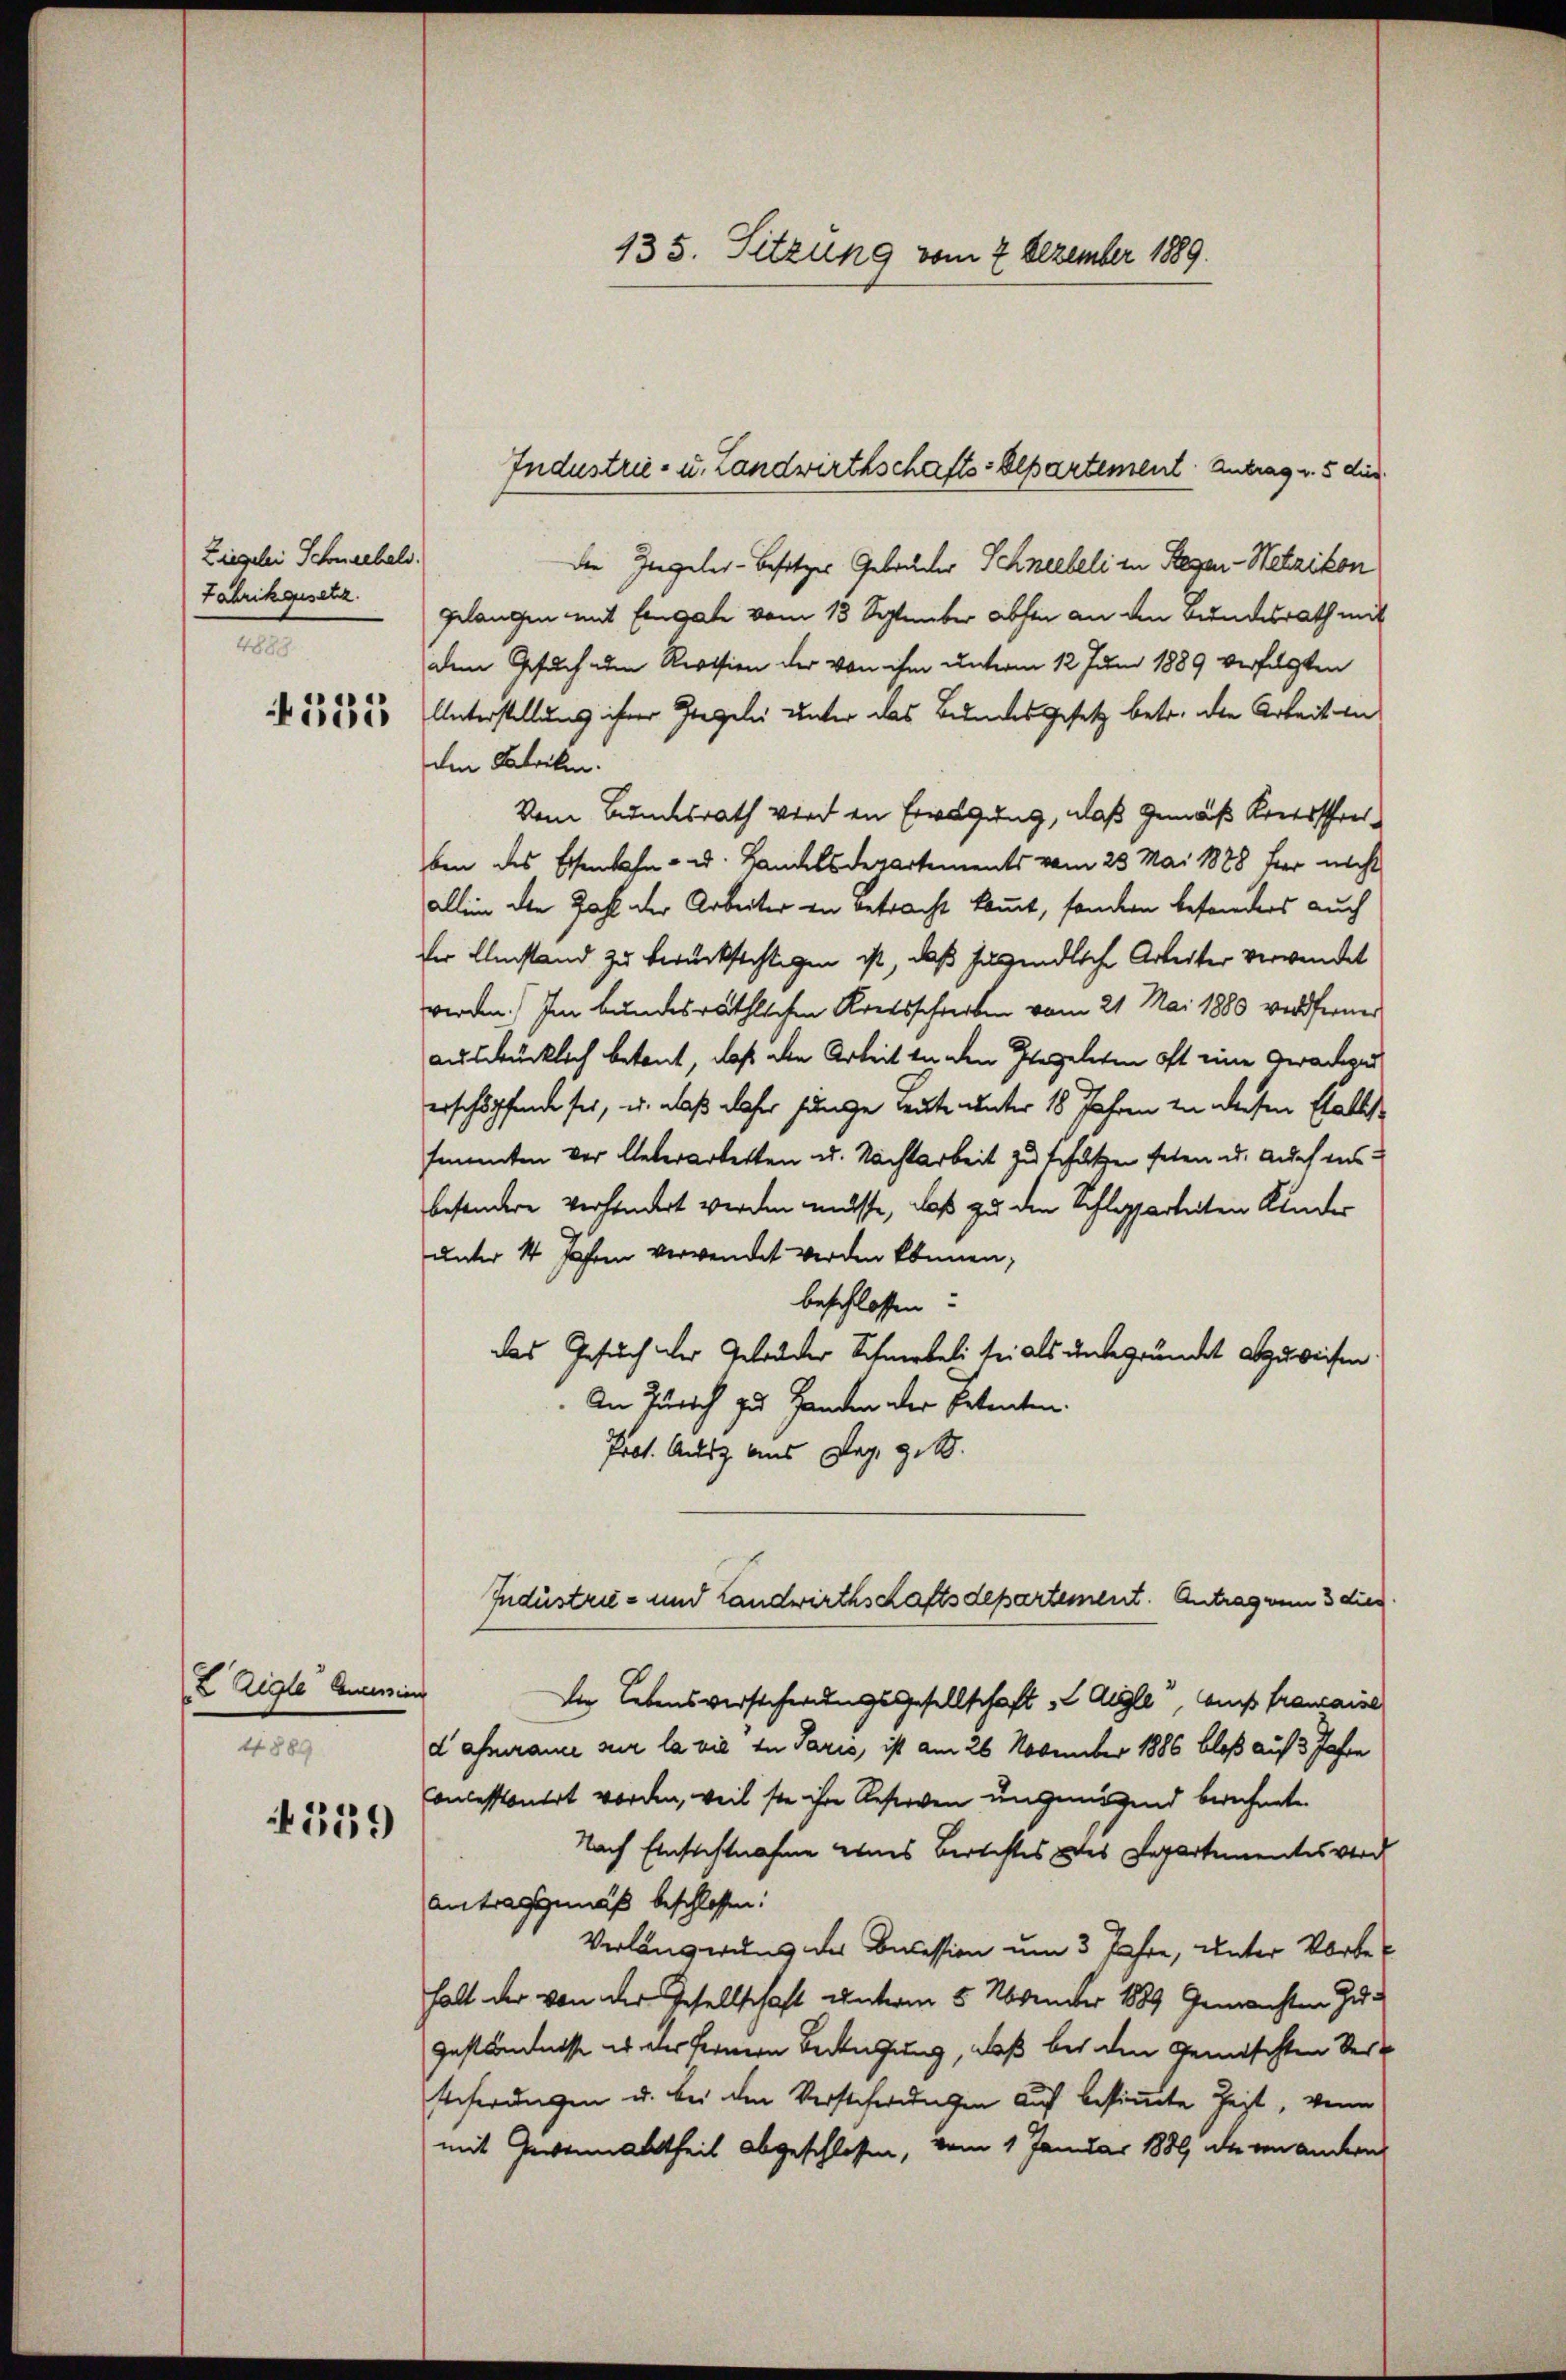
Ziegelei Schneebel.
Fabrikgesetz.
4883

E Aigle Concession
4889.

559

die Ingeles-Besitzer Gebrüder Schneebeli in Regen-Wetzikon
gelangen mit Eingabe vom 13 September abste an den Bundesrath mit
dem Gesuch um Revision der von ihm unterm 12 Juni 1889 verfolgten
1 55552 Unterstellung ihrer Gregeln unter das Bundesgesetz betr. die Arbeit in
den Beteilen.
Vom Bundesrath wird in Erwägung, daß Gemäß Kreisschreiben des Eisenbahn- u. Handelsdepartements vom 23. Mai 1888 her nicht
allein die Zahl der Arbeiter in Betracht kommt, sondern besonders auch
der Umstand zu berücksichtigen ist, daß jugendliche Arbeiter verwendet
werden. Im bundesräthlichen Kreisschreiben vom 21. Mai 1880 verferner
ausdrücklich betont, daß die Arbeit tenen Ehegelten oft eine Geradens
erschöpfende sei, u. daß daher hänge heute unter 18 Jahren zu diesen Efalls
sammten vor Ueberarbeiten u. Nachtarbeit zu schützen feten u. Auch ausbesondere verhandert werden müsse, daß zu den Schlepparteiten Kinder
unter 14 Jahren verwendet werden können,
beschlossen:
das Gesuch der Gebrüder Schneebeli sei als unbegründet abzuweisen.
An Zürich zu Handen der Petenten.
Prot. Ausz aus Tag get
Industrie- und Landwirthschaftsdepartement. Antrag vom 3 dies
der Lebensversicherungsgesellschaft 2 Aigle, aus franzaise
dafmrance sur la vie zu Paris, ist am 26 November 1886 bloß auf 3 Jahre
oncessionirt worden, weil sie ihre Reserven ungenügend berechnete.
Nach Einsichtnahme eines Berichtes des Departementes verd
Antrag gemäß beschlossen:
Verlängerung der Decession um 3 Jahre, unter Vorbehalt der von der Gesellschaft unterm 5 November 1889 gemachten Zu¬
Geständnisse es der fernern Bedingung, daß bei den Gemischten Ver¬
Reicherungen u. bei den Versteherungen auf bestimmte Zeit, wenn
mit Gewann abtheil abgeschlossen, vom 1 Januar 1889 die von andern

135. Sitzung vom 2. Dezember 1889.

Industrie- u. Landwirthschafts-Alpartement: Antrag u. 5 dies